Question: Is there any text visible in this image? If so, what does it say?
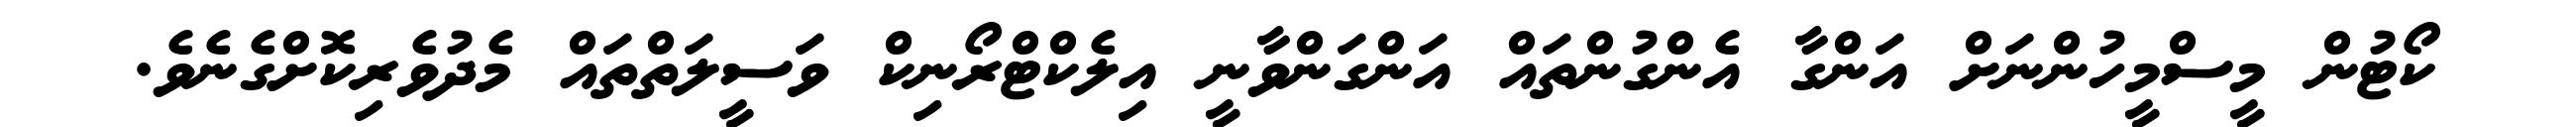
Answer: ކޯޓުން މީސްމީހުންނަށް އަންގާ އެންގުންތައް އަންގަންވާނީ އިލެކްޓްރޯނިކް ވަސީލަތްތައް މެދުވެރިކޮށްގެނެވެ.